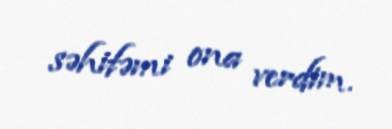
səhifəmi ona verdim.